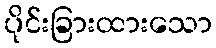
ပိုင်းခြားထားသော